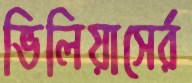
ভিলিয়াসের্র